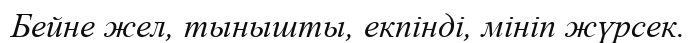
Бейне жел, тынышты, екпінді, мініп жүрсек.